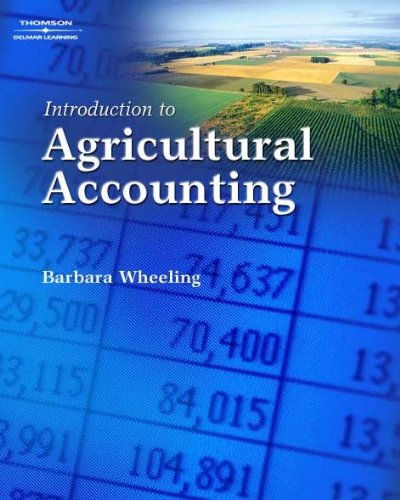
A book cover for Introduction to Agricultural Accounting; Barbara M. Wheeling; Science & Math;